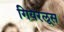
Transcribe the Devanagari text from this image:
गियरलूस